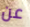
عن